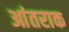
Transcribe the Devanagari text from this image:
आंतराक